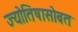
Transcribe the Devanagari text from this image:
ज्योतिषासोबत